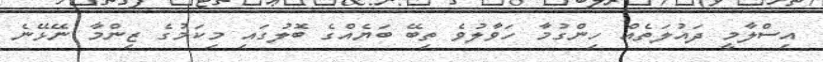
އިސްލާމީ ދައުލަތެއް ހިންގުމާ ހަވާލުވެ ތިބޭ ބަޔެއްގެ ބޮލުގައި މިކަމުގެ ޒިންމާ ނޭޅޭނެ